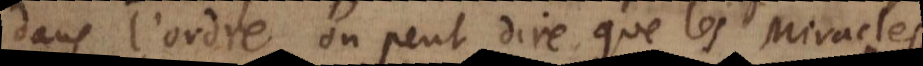
dans l’ordre, on peut dire, que les Miracle